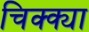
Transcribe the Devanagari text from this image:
चिक्क्या